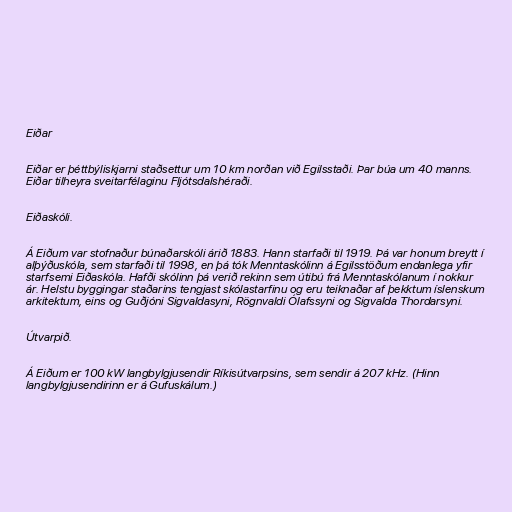
Eiðar

Eiðar er þéttbýliskjarni staðsettur um 10 km norðan við Egilsstaði. Þar búa um 40 manns.
Eiðar tilheyra sveitarfélaginu Fljótsdalshéraði.

Eiðaskóli.

Á Eiðum var stofnaður búnaðarskóli árið 1883. Hann starfaði til 1919. Þá var honum breytt í
alþýðuskóla, sem starfaði til 1998, en þá tók Menntaskólinn á Egilsstöðum endanlega yfir
starfsemi Eiðaskóla. Hafði skólinn þá verið rekinn sem útibú frá Menntaskólanum í nokkur
ár. Helstu byggingar staðarins tengjast skólastarfinu og eru teiknaðar af þekktum íslenskum
arkitektum, eins og Guðjóni Sigvaldasyni, Rögnvaldi Ólafssyni og Sigvalda Thordarsyni.

Útvarpið.

Á Eiðum er 100 kW langbylgjusendir Ríkisútvarpsins, sem sendir á 207 kHz. (Hinn
langbylgjusendirinn er á Gufuskálum.)